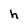
Character: h